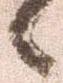
候